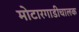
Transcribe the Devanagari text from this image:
मोटारगाडीचालक